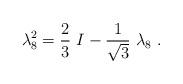
LaTeX: \begin{align*}\lambda_{8}^{2}=\frac{2}{3}~I-\frac{1}{\sqrt{3}}~\lambda_{8}\ .\end{align*}